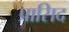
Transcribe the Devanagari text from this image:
प्रासिद